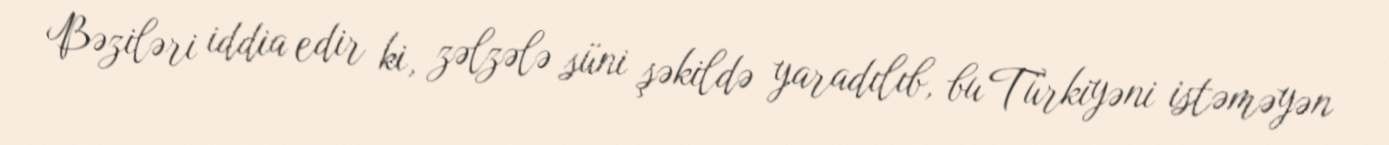
Bəziləri iddia edir ki, zəlzələ süni şəkildə yaradılıb, bu Türkiyəni istəməyən